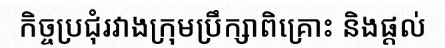
កិច្ចប្រជុំរវាងក្រុមប្រឹក្សាពិគ្រោះ និងផ្តល់